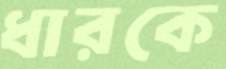
ধারকে